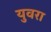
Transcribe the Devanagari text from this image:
युवरा